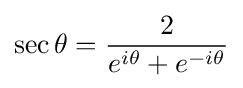
\sec \theta ={\frac {2}{e^{i\theta }+e^{-i\theta }}}